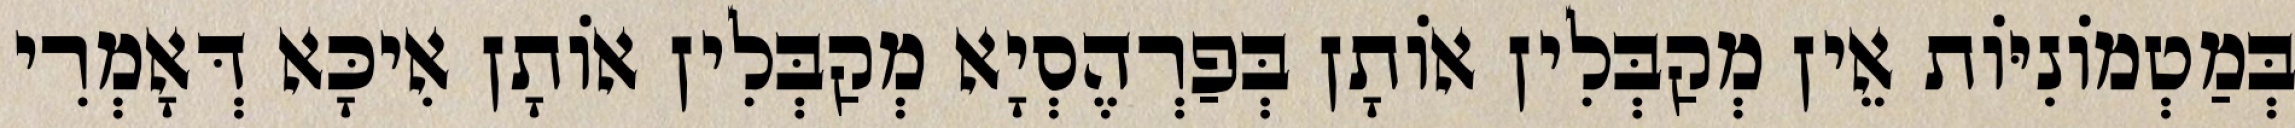
בְּמַטְמוֹנִיּוֹת אֵין מְקַבְּלִין אוֹתָן בְּפַרְהֶסְיָא מְקַבְּלִין אוֹתָן אִיכָּא דְּאָמְרִי